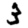
Digit: 3